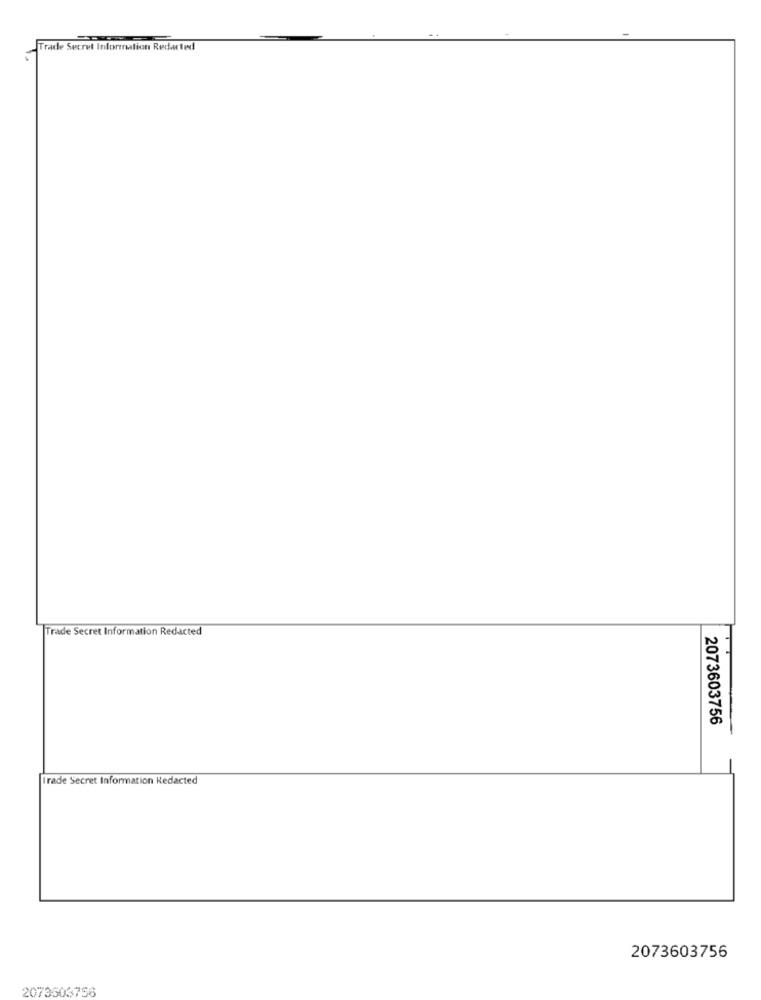
Trade Secret Information Redarted
Trade Secret Information Redacted
2073603756
Irade Secret Information Redacted
2073603756
2073503756